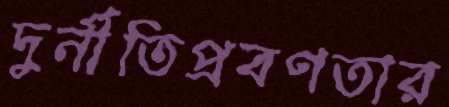
দুর্নীতিপ্রবণতার